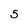
Character: 5